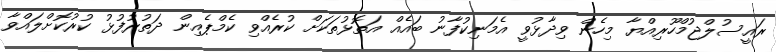
ރައީސުލްޖުމްހޫރިއްޔާ މިހެން ވިދާޅުވީ އެމަނިކުފާނު ބައެއް އަތޮޅުތަކަށް ކުރެއްވި ކެމްޕެއިން ދަތުރުފުޅު ކުރުކޮށްލައްވާ